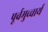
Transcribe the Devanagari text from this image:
पूर्वमुच्चार्य